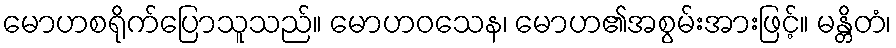
မောဟစရိုက်ပြောသူသည်။ မောဟဝသေန၊ မောဟ၏အစွမ်းအားဖြင့်။ မန္တိတံ၊